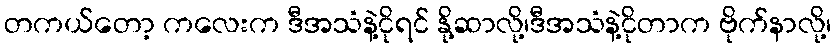
တကယ်တော့ ကလေးက ဒီအသံနဲ့ငိုရင် နို့ဆာလို့၊ဒီအသံနဲ့ငိုတာက ဗိုက်နာလို့၊